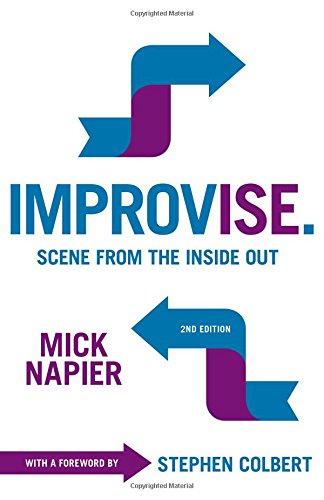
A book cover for Improvise.: Scene from the Inside Out; Mick Napier; Humor & Entertainment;